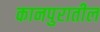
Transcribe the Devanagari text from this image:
कानपुरातील